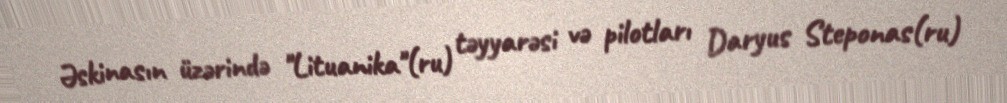
Əskinasın üzərində "Lituanika"(ru) təyyarəsi və pilotları Daryus Steponas(ru)